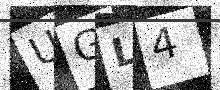
Text: UGL4